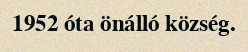
1952 óta önálló község.